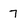
Character: 7